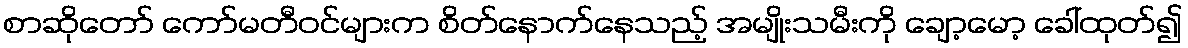
စာဆိုတော် ကော်မတီဝင်များက စိတ်နောက်နေသည့် အမျိုးသမီးကို ချော့မော့ ခေါ်ထုတ်၍